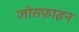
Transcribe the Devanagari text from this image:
जोसफ़ाइन